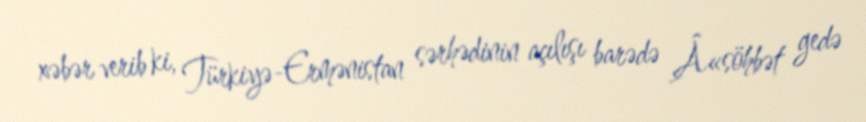
xəbər verib ki, Türkiyə-Ermənistan sərhədinin açılışı barədə Â«söhbət gedə